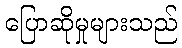
ပြောဆိုမှုများသည်